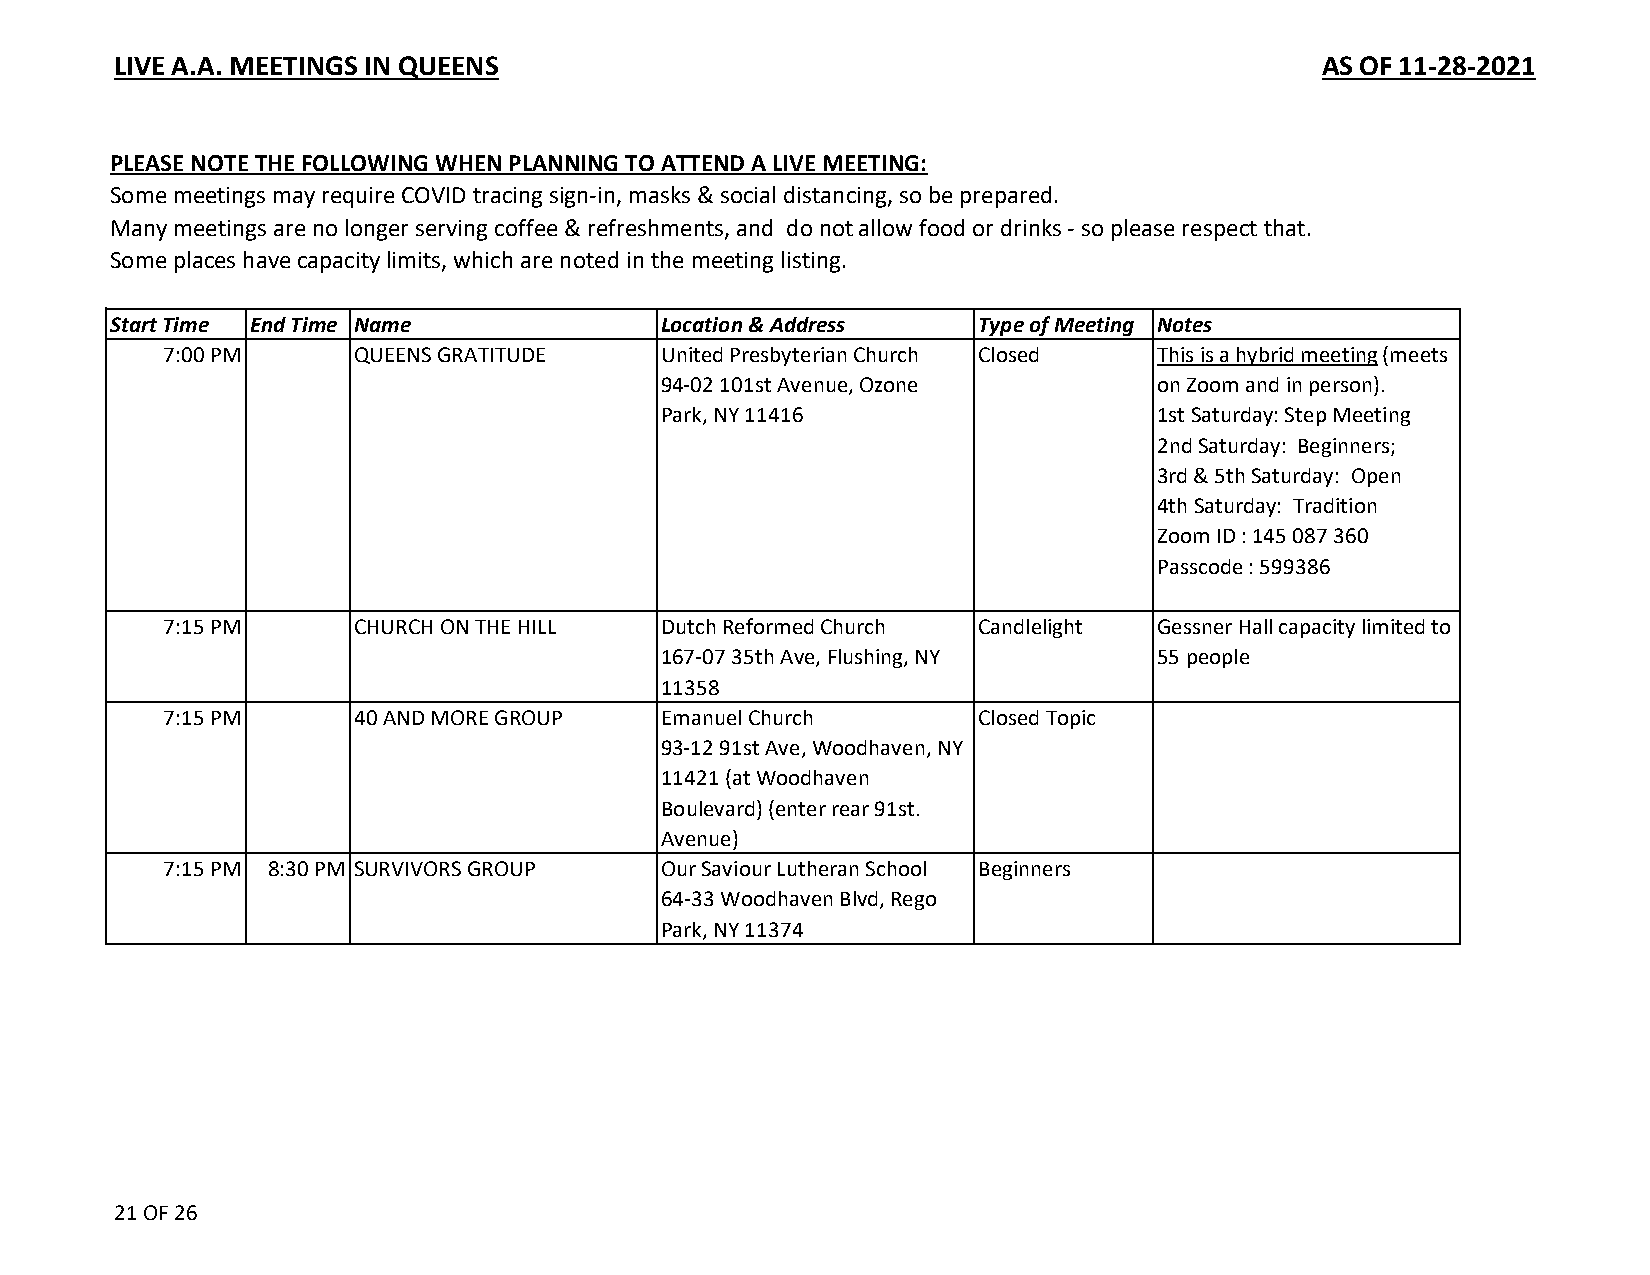
LIVE A.A. MEETINGS IN QUEENS                                                    AS OF 11-28-2021
 PLEASE NOTE THE FOLLOWING WHEN PLANNING TO ATTEND A LIVE MEETING:
 Some meetings may require COVID tracing sign-in, masks & social distancing, so be prepared.
 Many meetings are no longer serving coffee & refreshments, and do not allow food or drinks - so please respect that.
 Some places have capacity limits, which are noted in the meeting listing.
 Start Time End Time Name            Location & Address   Type of Meeting Notes
 7:00 PM      QUEENS GRATITUDE    United Presbyterian Church Closed This is a hybrid meeting (meets
 94-02 101st Avenue, Ozone        on Zoom and in person).
 Park, NY 11416                   1st Saturday: Step Meeting
 2nd Saturday: Beginners;
 3rd & 5th Saturday: Open
 4th Saturday: Tradition
 Zoom ID : 145 087 360
 Passcode : 599386
 7:15 PM      CHURCH ON THE HILL  Dutch Reformed Church Candlelight Gessner Hall capacity limited to
 167-07 35th Ave, Flushing, NY    55 people
 11358
 7:15 PM      40 AND MORE GROUP   Emanuel Church       Closed Topic
 93-12 91st Ave, Woodhaven, NY
 11421 (at Woodhaven
 Boulevard) (enter rear 91st.
 Avenue)
 7:15 PM 8:30 PM SURVIVORS GROUP  Our Saviour Lutheran School Beginners
 64-33 Woodhaven Blvd, Rego
 Park, NY 11374
 21 OF 26